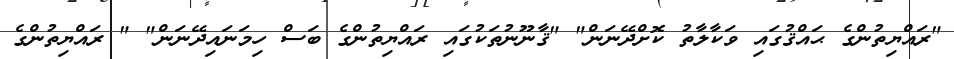
"ރައްޔިތުންގެ ޙައްޤުގައި ވަކާލާތު ކޮށްދޭނަން" "ޤާނޫނުތަކުގައި ރައްޔިތުންގެ ބަސް ހިމަނައިދޭނަން" " ރައްޔިތުންގެ